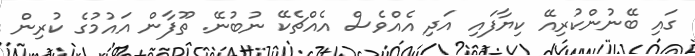
ގައި ބޭނުންކުރިއޭ ކިޔާފައި އަދި އެއްވެސް އެއްޗެކޭ ނުބުނޭ. ތޫފާން އައުމުގެ ކުރިން